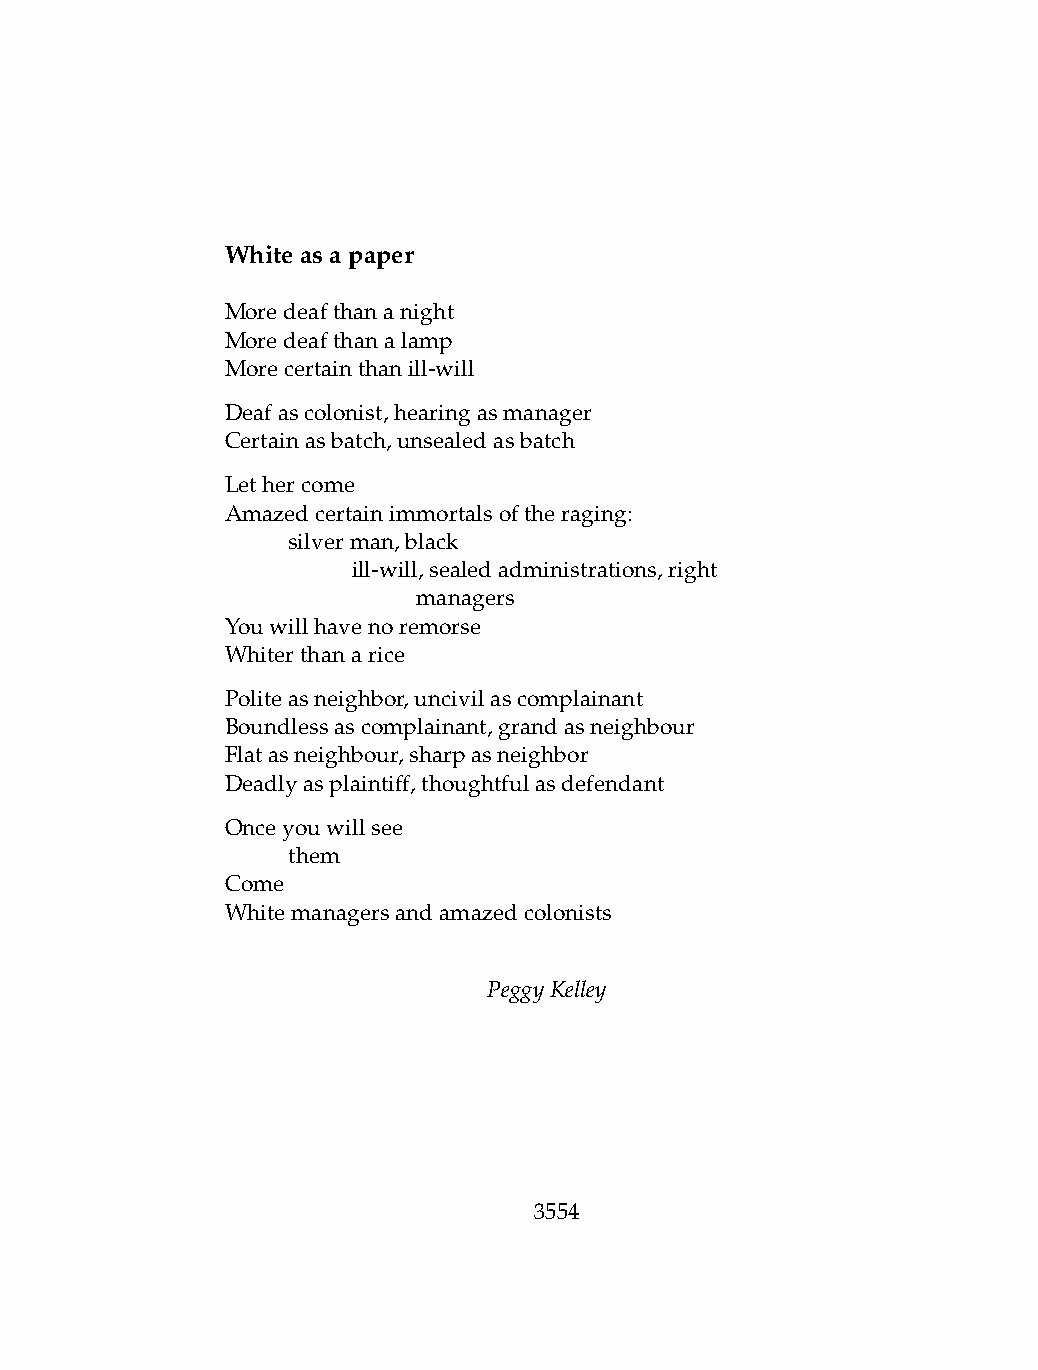
Whiteasapaper
 Moredeafthananight
 Moredeafthanalamp
 Morecertainthanill-will
 Deafascolonist,hearingasmanager
 Certainasbatch,unsealedasbatch
 Lethercome
 Amazedcertainimmortalsoftheraging:
 .   silverman,black
 .   .   ill-will,sealedadministrations,right
 .   .   .    managers
 Youwillhavenoremorse
 Whiterthanarice
 Politeasneighbor,uncivilascomplainant
 Boundlessascomplainant,grandasneighbour
 Flatasneighbour,sharpasneighbor
 Deadlyasplaintiff,thoughtfulasdefendant
 Onceyouwillsee
 .   them
 Come
 Whitemanagersandamazedcolonists
 PeggyKelley
 3554